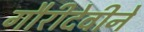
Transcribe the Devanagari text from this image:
गौरीदेवीने